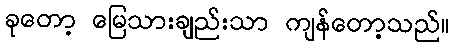
ခုတော့ မြေသားချည်းသာ ကျန်တော့သည်။